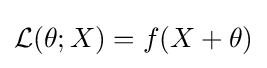
{\mathcal {L}}(\theta ;X)=f(X+\theta )